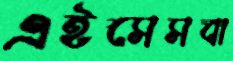
এইসেসবা